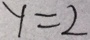
y = 2